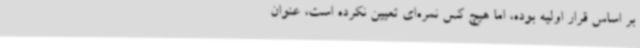
بر اساس قرار اولیه بوده، اما هیچ کس نمره‌ای تعیین نکرده است، عنوان